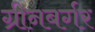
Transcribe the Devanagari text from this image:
ग्रीनबर्गर